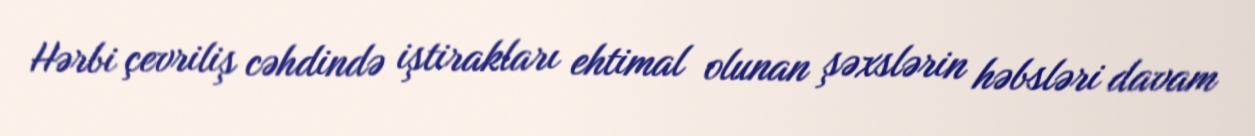
Hərbi çevriliş cəhdində iştirakları ehtimal olunan şəxslərin həbsləri davam